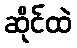
ဆိုင်ထဲ